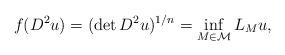
LaTeX: \begin{align*}f(D^2u)=(\det{D^2u})^{1/n}=\inf_{M\in \mathcal{M}}{L_Mu},\end{align*}